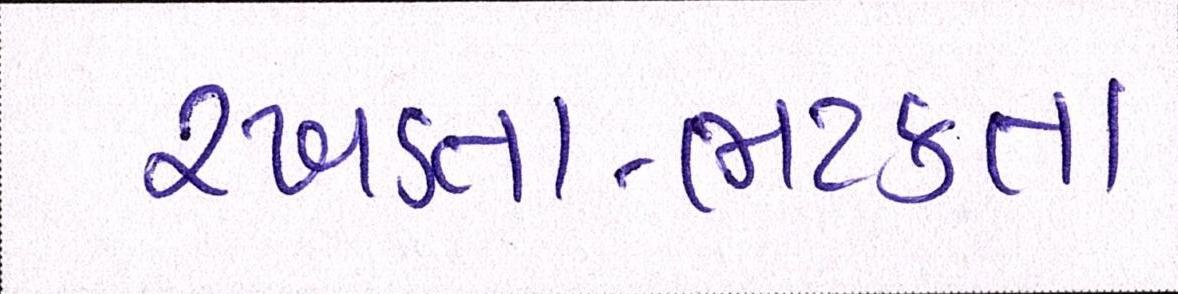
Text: રખડતા-ભટકતા